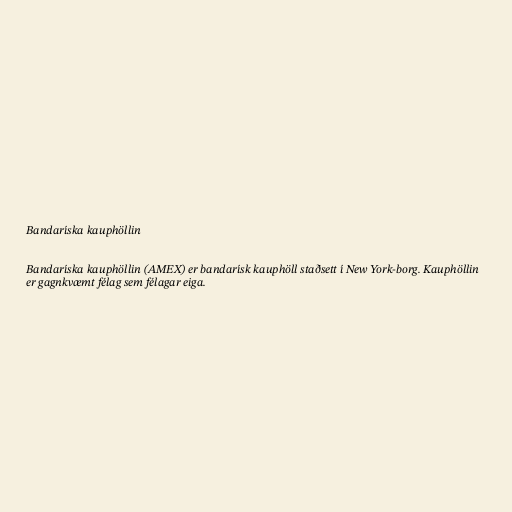
Bandaríska kauphöllin

Bandaríska kauphöllin (AMEX) er bandarísk kauphöll staðsett í New York-borg. Kauphöllin
er gagnkvæmt félag sem félagar eiga.